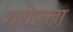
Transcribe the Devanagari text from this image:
शरीफला